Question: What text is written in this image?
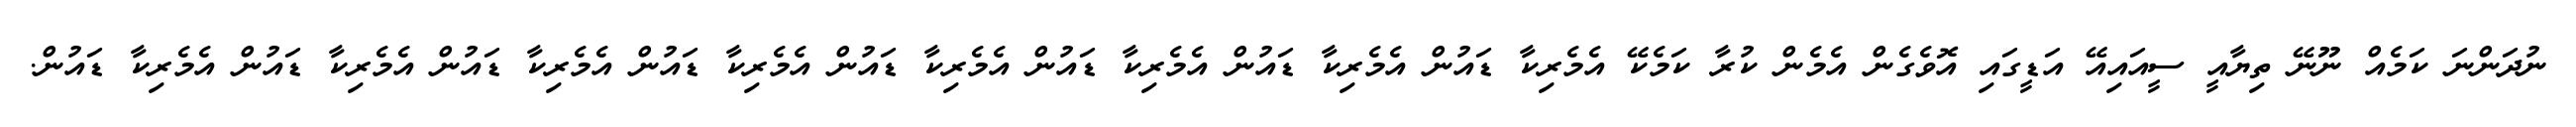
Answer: ނުދަންނަ ކަމެއް ނޫނޭ ތިޔާއީ ސީއައިއޭ އަޑީގައި އޮވެގެން އެމެން ކުރާ ކަމެކޭ އެމެރިކާ ޑައުން އެމެރިކާ ޑައުން އެމެރިކާ ޑައުން އެމެރިކާ ޑައުން އެމެރިކާ ޑައުން އެމެރިކާ ޑައުން އެމެރިކާ ޑައުން އެމެރިކާ ޑައުން.